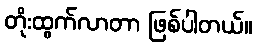
တိုးထွက်လာတာ ဖြစ်ပါတယ်။